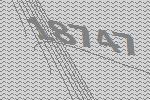
18747